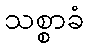
သစ္စာခံ